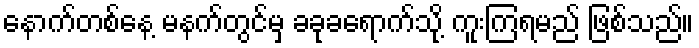
နောက်တစ်နေ့ မနက်တွင်မှ ခခုခရောက်သို့ ကူးကြရမည် ဖြစ်သည်။